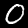
Label: 0